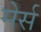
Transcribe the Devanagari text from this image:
मेर्स